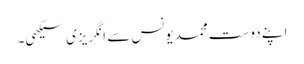
اپنے دوست محمد یونس سے انگریزی سیکھی۔